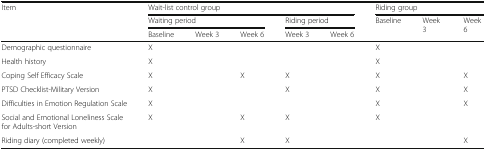
<table><thead><tr><td rowspan="3"><b>Item</b></td><td colspan="5"><b>Wait-list control group</b></td><td colspan="3"><b>Riding group</b></td></tr><tr><td colspan="3"><b>Waiting period</b></td><td colspan="2"><b>Riding period</b></td><td rowspan="2"><b>Baseline</b></td><td rowspan="2"><b>Week 3</b></td><td rowspan="2"><b>Week 6</b></td></tr><tr><td><b>Baseline</b></td><td><b>Week 3</b></td><td><b>Week 6</b></td><td><b>Week 3</b></td><td><b>Week 6</b></td></tr></thead><tbody><tr><td>Demographic questionnaire</td><td>X</td><td>[EMPTY_CELL]</td><td>[EMPTY_CELL]</td><td>[EMPTY_CELL]</td><td>[EMPTY_CELL]</td><td>X</td><td>[EMPTY_CELL]</td><td>[EMPTY_CELL]</td></tr><tr><td>Health history</td><td>X</td><td>[EMPTY_CELL]</td><td>[EMPTY_CELL]</td><td>[EMPTY_CELL]</td><td>[EMPTY_CELL]</td><td>X</td><td>[EMPTY_CELL]</td><td>[EMPTY_CELL]</td></tr><tr><td>Coping Self Efficacy Scale</td><td>X</td><td>[EMPTY_CELL]</td><td>X</td><td>X</td><td>[EMPTY_CELL]</td><td>X</td><td>[EMPTY_CELL]</td><td>X</td></tr><tr><td>PTSD Checklist-Military Version</td><td>X</td><td>[EMPTY_CELL]</td><td>[EMPTY_CELL]</td><td>X</td><td>[EMPTY_CELL]</td><td>X</td><td>[EMPTY_CELL]</td><td>X</td></tr><tr><td>Difficulties in Emotion Regulation Scale</td><td>X</td><td>[EMPTY_CELL]</td><td>[EMPTY_CELL]</td><td>[EMPTY_CELL]</td><td>[EMPTY_CELL]</td><td>X</td><td>[EMPTY_CELL]</td><td>X</td></tr><tr><td>Social and Emotional Loneliness Scale for Adults-short Version</td><td>X</td><td>[EMPTY_CELL]</td><td>X</td><td>X</td><td>[EMPTY_CELL]</td><td>X</td><td>[EMPTY_CELL]</td><td>[EMPTY_CELL]</td></tr><tr><td>Riding diary (completed weekly)</td><td>[EMPTY_CELL]</td><td>[EMPTY_CELL]</td><td>X</td><td>X</td><td>[EMPTY_CELL]</td><td>[EMPTY_CELL]</td><td>[EMPTY_CELL]</td><td>X</td></tr></tbody></table>